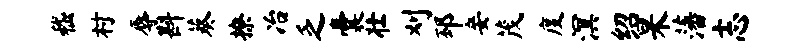
嵇村辱斟葵撩冶乏囊壮刈邳妾茂度溟绍杲藩志